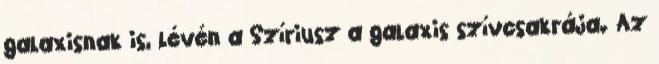
galaxisnak is, lévén a Szíriusz a galaxis szívcsakrája. Az